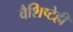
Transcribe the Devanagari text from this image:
वैशिष्टेही